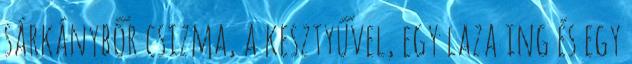
sárkánybőr csizma, a kesztyűvel, egy laza ing és egy